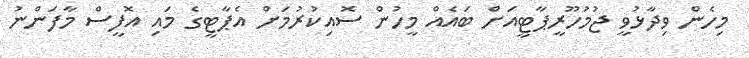
މިހެން ވިދާޅުވީ ޖުމުހޫރީޕާޓީއަށް ބައެއް މީހުން ސޮއިކުރުމަށް އެޕާޓީގެ މައި އޮފީސް މާފަންނު